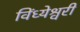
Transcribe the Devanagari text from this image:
विंध्येश्वरी